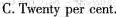
C.Twenty per cent.